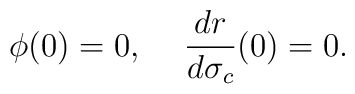
\phi(0)=0,\hspace*{5mm}\frac{dr}{d\sigma_c}(0)=0.